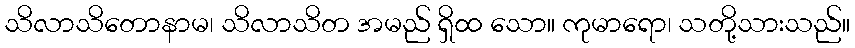
သိလာသိတောနာမ၊ သိလာသိတ အမည် ရှိထ သော။ ကုမာရော၊ သတို့သားသည်။